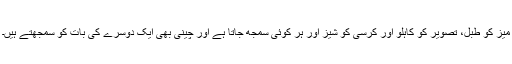
میز کو طبل، تصویر کو کاہلو اور کرسی کو شیز اور ہر کوئی سمجھ جاتا ہے اور چینی بھی ایک دوسرے کی بات کو سمجھتے ہیں۔